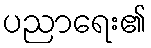
ပညာရေး၏